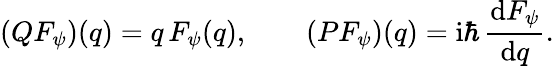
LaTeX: (QF_{\psi})(q)=q\, F_{\psi}(q),\qquad(PF_{\psi})(q)=\mathrm{i}\hbar\, {\frac{\mathrm{d}F_{\psi}}{\mathrm{d}q}}.